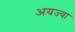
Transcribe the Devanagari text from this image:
अयज्वा